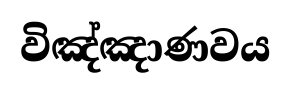
විඤ්ඤාණවය